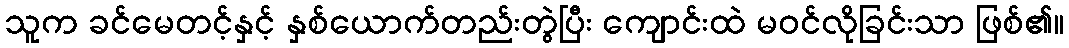
သူက ခင်မေတင့်နှင့် နှစ်ယောက်တည်းတွဲပြီး ကျောင်းထဲ မဝင်လိုခြင်းသာ ဖြစ်၏။